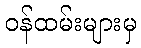
ဝန်ထမ်းများမှ